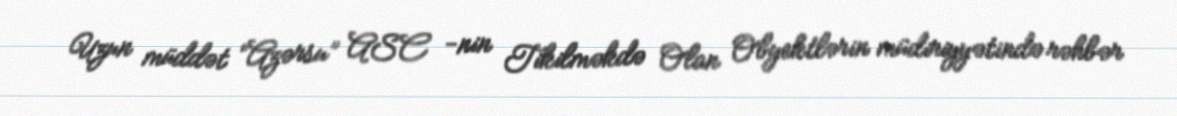
Uzun müddət “Azərsu” ASC -nin Tikilməkdə Olan Obyektlərin müdiriyyətində rəhbər